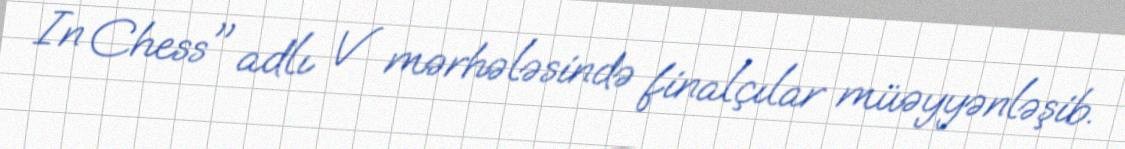
In Chess" adlı V mərhələsində finalçılar müəyyənləşib.